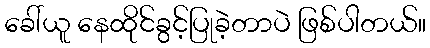
ခေါ်ယူ နေထိုင်ခွင့်ပြုခဲ့တာပဲ ဖြစ်ပါတယ်။